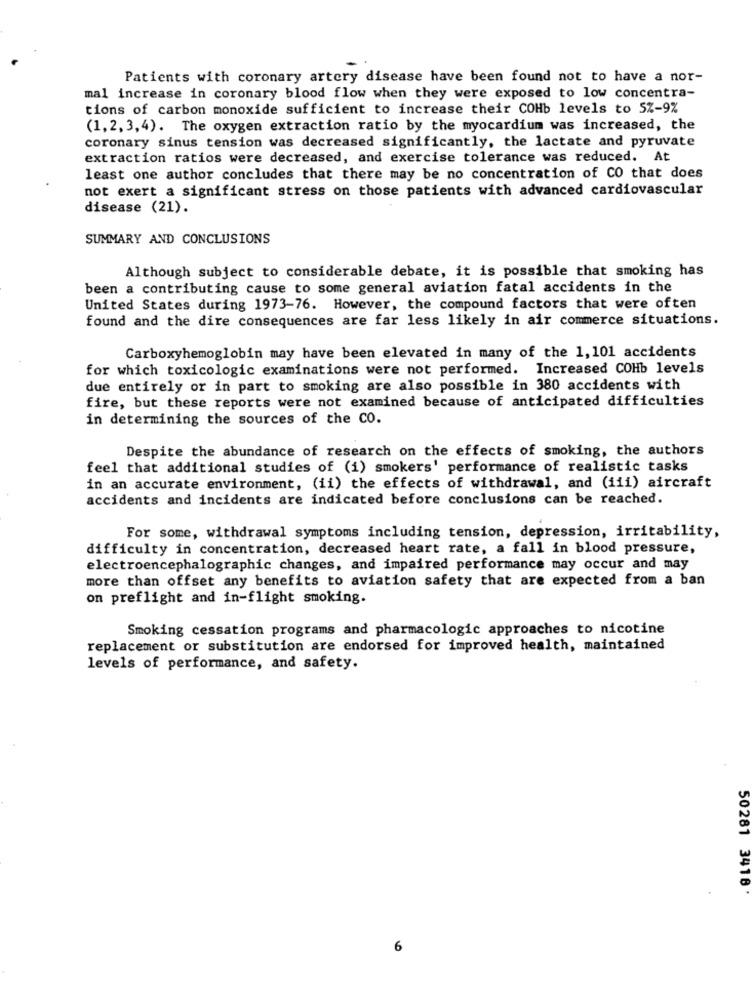
Patients with coronary artery disease have been found not to have a nor-
mal increase in coronary blood flow when they were exposed to low concentra-
tions of carbon monoxide sufficient to increase their COHb levels to 5%-9%
(1,2, 3,4). The oxygen extraction ratio by the myocardium was increased, the
coronary sinus tension was decreased significantly, the lactate and pyruvate
extraction ratios were decreased, and exercise tolerance was reduced. At
least one author concludes that there may be no concentration of CO that does
not exert a significant stress on those patients with advanced cardiovascular
disease (21).
SUMMARY AND CONCLUSIONS
Although subject to considerable debate, it is possible that smoking has
been a contributing cause to some general aviation fatal accidents in the
United States during 1973-76. However, the compound factors that were often
found and the dire consequences are far less likely in air commerce situations.
Carboxyhemoglobin may have been elevated in many of the 1,101 accidents
for which toxicologic examinations were not performed. Increased COHb levels
due entirely or in part to smoking are also possible in 380 accidents with
fire, but these reports were not examined because of anticipated difficulties
in determining the sources of the CO.
Despite the abundance of research on the effects of smoking, the authors
feel that additional studies of (i) smokers' performance of realistic tasks
in an accurate environment, (ii) the effects of withdrawal, and (iii) aircraft
accidents and incidents are indicated before conclusions can be reached.
For some, withdrawal symptoms including tension, depression, irritability,
difficulty in concentration, decreased heart rate, a fall in blood pressure,
electroencephalographic changes, and impaired performance may occur and may
more than offset any benefits to aviation safety that are expected from a ban
on preflight and in-flight smoking.
Smoking cessation programs and pharmacologic approaches to nicotine
replacement or substitution are endorsed for improved health, maintained
levels of performance, and safety.
50281 3418'
6